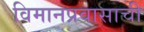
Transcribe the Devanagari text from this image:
विमानप्रवासाची